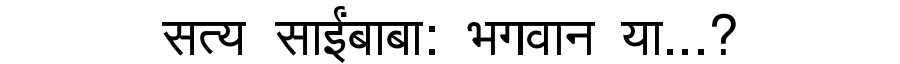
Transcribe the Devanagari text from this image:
सत्य साईंबाबा: भगवान या...?